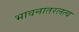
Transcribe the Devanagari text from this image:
भावनातरलत्व